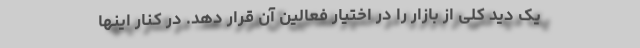
یک دید کلی از بازار را در اختیار فعالین آن قرار دهد. در کنار اینها